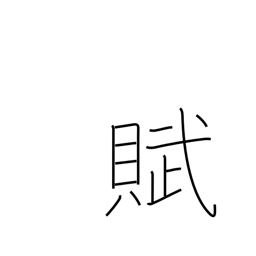
Meaning: prose